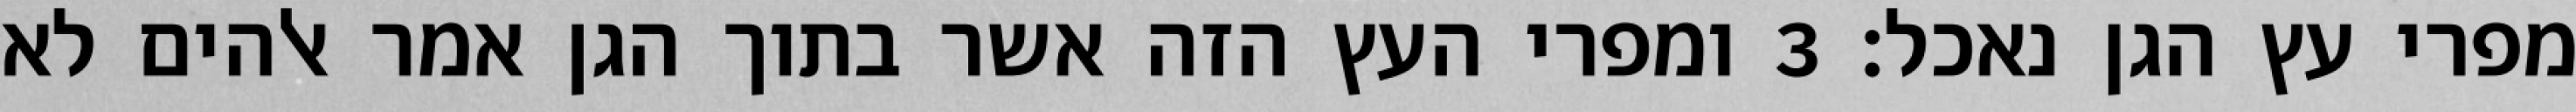
מפרי עץ הגן נאכל׃ ‎3‏ ומפרי העץ הזה אשר בתוך הגן אמר אלהים לא